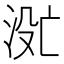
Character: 𬇮